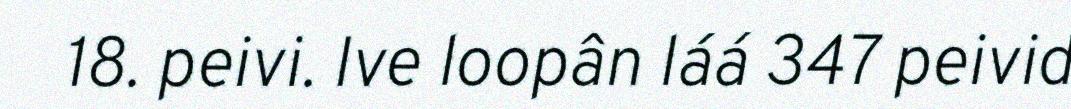
18. peivi. Ive loopân láá 347 peivid